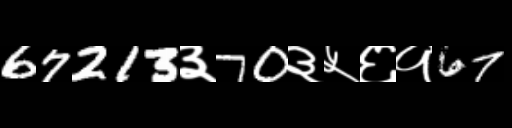
Text: 67213३70३५६१67